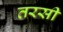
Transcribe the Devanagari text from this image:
तरसी